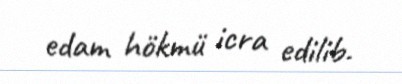
edam hökmü icra edilib.